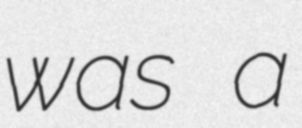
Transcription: was a